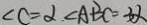
\angle C = \alpha \angle A B C = 3 \alpha